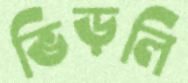
ভিড়লি